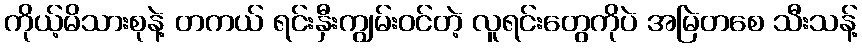
ကိုယ့်မိသားစုနဲ့ တကယ် ရင်းနှီးကျွမ်းဝင်တဲ့ လူရင်းတွေကိုပဲ အမြဲတစေ သီးသန့်